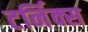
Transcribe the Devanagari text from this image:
टर्निक्स